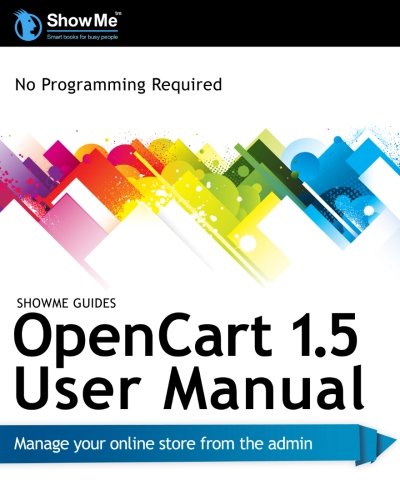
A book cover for ShowMe Guides OpenCart 1.5 User Manual; Ms. Kerry R. Watson; Computers & Technology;